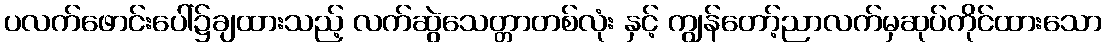
ပလက်ဖောင်းပေါ်၌ချထားသည့် လက်ဆွဲသေတ္တာတစ်လုံး နှင့် ကျွန်တော့်ညာလက်မှဆုပ်ကိုင်ထားသော